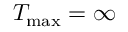
T _ { \mathrm { m a x } } = \infty